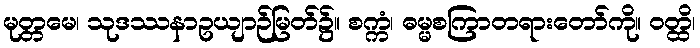
မုတ္တမေ၊ သုဒဿနာဥယျာဉ်မြတ်၌။ စက္ကံ၊ ဓမ္မစကြာတရားတော်ကို။ ဝတ္ထိ၊